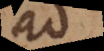
ad